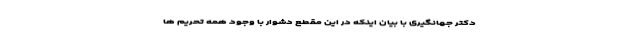
دکتر جهانگیری با بیان اینکه در این مقطع دشوار با وجود همه تحریم ها